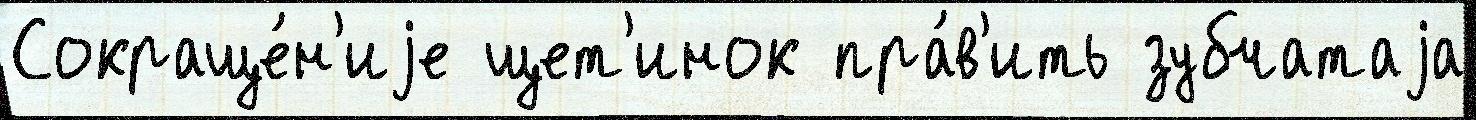
Сокраще́н'иjе щет'инок пра́в'ить зубчатаjа